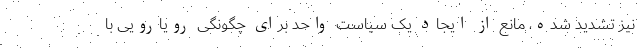
نیز تشدید شده، مانع از ایجاد یک سیاست واحد برای چگونگی رویارویی با